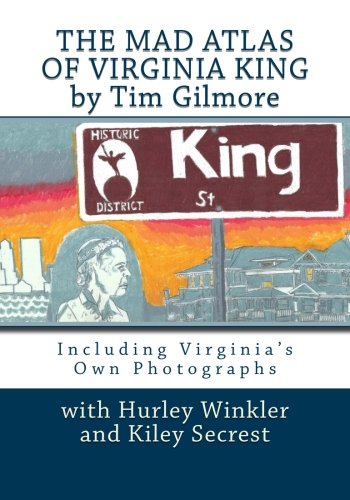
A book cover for The Mad Atlas of Virginia King; Tim Gilmore; Biographies & Memoirs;